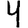
Digit: 4